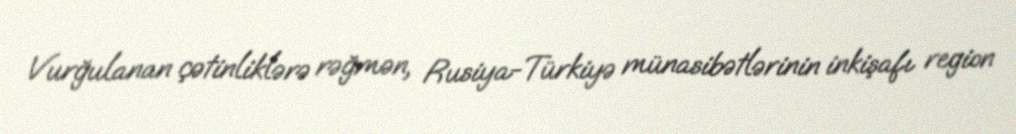
Vurğulanan çətinliklərə rəğmən, Rusiya-Türkiyə münasibətlərinin inkişafı region